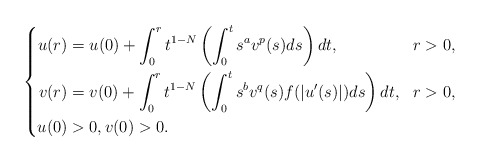
\begin{align*}\left\{ \begin{aligned} u(r)&=u(0)+\int_{0}^{r}t^{1-N}\left(\int_{0}^{t}s^{a}v^{p}(s)ds\right)dt, &&r>0,\\ v(r)&=v(0)+\int_{0}^{r}t^{1-N}\left(\int_{0}^{t}s^{b}v^{q}(s)f(|u'(s)|)ds\right)dt, &&r>0,\\ u(0)&>0, v(0)>0. \end{aligned}\right.\end{align*}